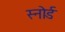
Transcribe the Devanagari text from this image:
स्नोर्ड